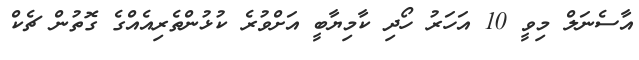
އާސެނަލް މިވީ 10 އަހަރު ހޯދި ކާމިޔާބީ އަށްވުރެ ކުޅުންތެރިއެއްގެ ގޮތުން ޗެކް